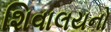
શિવાલયનો